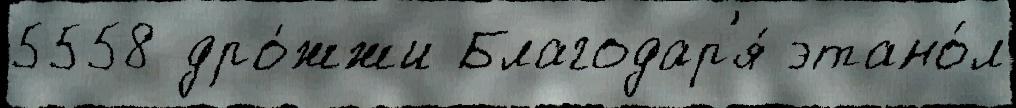
5558 дро́жжи Благодар'я́ этано́л